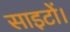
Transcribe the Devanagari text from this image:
साइटों।